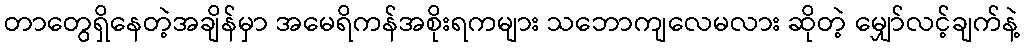
တာတွေရှိနေတဲ့အချိန်မှာ အမေရိကန်အစိုးရကများ သဘောကျလေမလား ဆိုတဲ့ မျှော်လင့်ချက်နဲ့